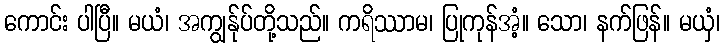
ကောင်း ပါပြီ။ မယံ၊ အကျွန်ုပ်တို့သည်။ ကရိဿာမ၊ ပြုကုန်အံ့။ သော၊ နက်ဖြန်။ မယှံ၊